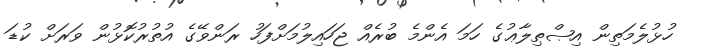
ހުޅުލެމަތިން އިޞްޠިލާޢުގެ ހަމަ އެންމެ ބުރެއް ޖަހައިލުމަށްފަހު ރަންވޭގެ އުތުރުކޮޅުން ވަރަށް ކުޑަ